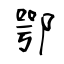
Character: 鄂